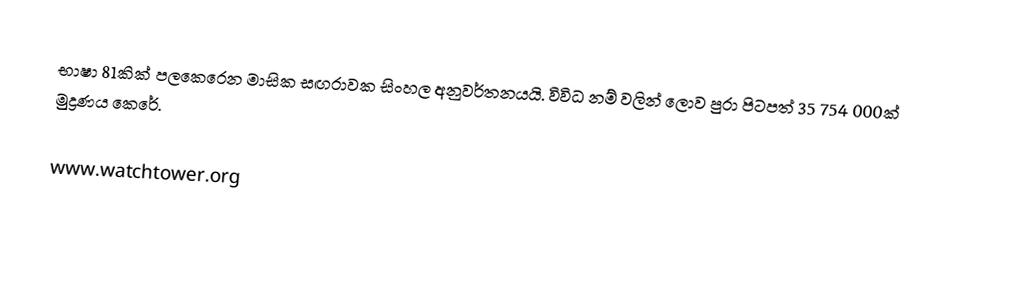
භාෂා 81කික් පලකෙරෙන මාසික සඟරාවක සිංහල අනුවර්තනයයි. විවිධ නම් වලින් ලොව පුරා පිටපත් 35 754 000ක් මුද්‍රණය කෙරේ.

www.watchtower.org